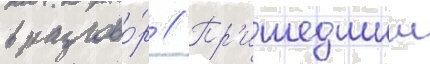
в разгово́р // Пр'ишедшии